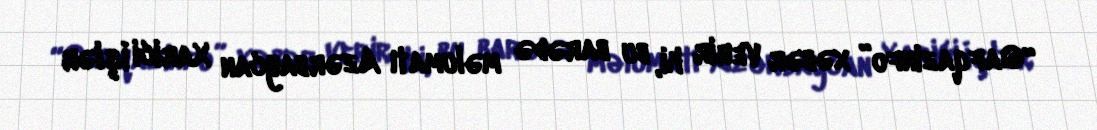
“Qafqazinfo” xəbər verir ki, bu barədə məlumatı Azərbaycan Xarici İşlər